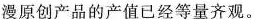
漫原创产品的产值已经等量齐观。